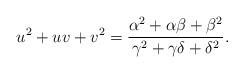
LaTeX: \begin{align*}u^2 + uv + v^2 = \frac{\alpha^2 + \alpha \beta + \beta^2}{\gamma^2 + \gamma\delta + \delta^2}.\end{align*}